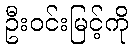
ဦးဝင်းမြင့်ကို